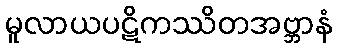
မူလာယပဋိကဿိတအဗ္ဘာနံ